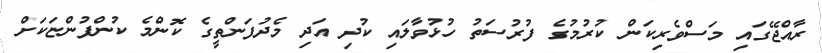
ރާއްޖޭގައި މަސްވެރިކަން ކުރުމުގެ ފުރުސަތު ހުޅުވާލައި ކުދި އަދި މެދުފަންތީގެ ކޮންމެ ކުންފުންޏަކަށް